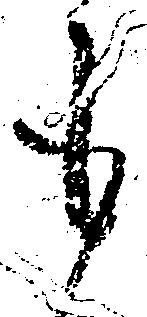
も